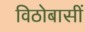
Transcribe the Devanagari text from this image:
विठोबासीं